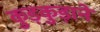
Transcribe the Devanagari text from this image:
कुड़कुड़ाने